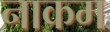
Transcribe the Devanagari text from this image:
नाकम